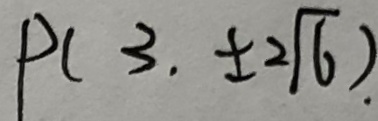
P ( 3 , \pm 2 \sqrt { 6 } ) .